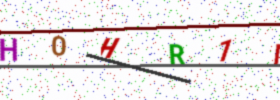
Text: H0HR1I